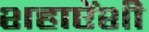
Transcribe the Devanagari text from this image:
शहाऐंशी